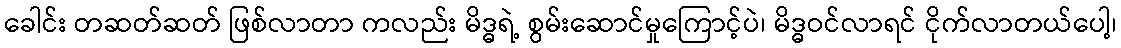
ခေါင်း တဆတ်ဆတ် ဖြစ်လာတာ ကလည်း မိဒ္ဓရဲ့ စွမ်းဆောင်မှုကြောင့်ပဲ၊ မိဒ္ဓဝင်လာရင် ငိုက်လာတယ်ပေါ့၊